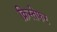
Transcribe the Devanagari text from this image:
क्रिस्तेफर